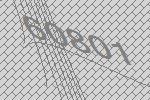
60801